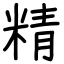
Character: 精